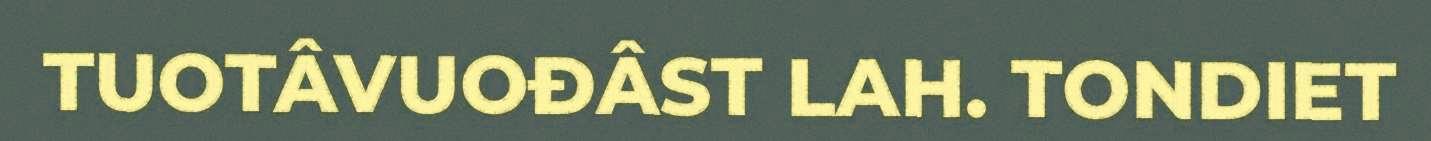
TUOTÂVUOĐÂST LAH. TONDIET